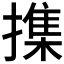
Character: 𢵸